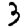
Digit: 3